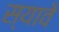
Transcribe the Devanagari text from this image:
स्यावे